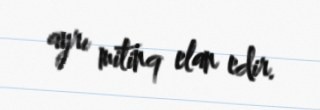
ayrı mitinq elan edir.